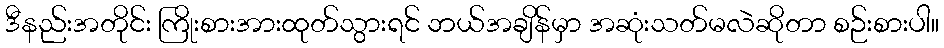
ဒီနည်းအတိုင်း ကြိုးစားအားထုတ်သွားရင် ဘယ်အချိန်မှာ အဆုံးသတ်မလဲဆိုတာ စဉ်းစားပါ။